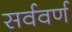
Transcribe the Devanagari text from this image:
सर्ववर्ण